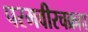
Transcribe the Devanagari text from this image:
परमवीरचक्रहा